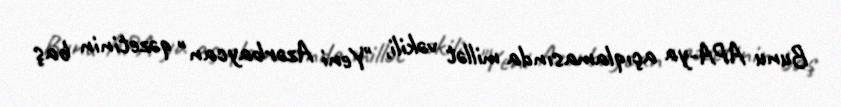
Bunu APA-ya açıqlamasında millət vəkili, "Yeni Azərbaycan" qəzetinin baş